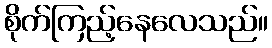
စိုက်ကြည့်နေလေသည်။